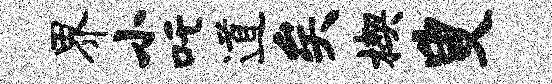
界小吒道矣楔叟